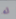
له